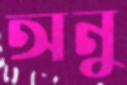
অনু